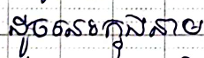
ដូចនេះក្នុងនាម